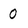
Character: 0